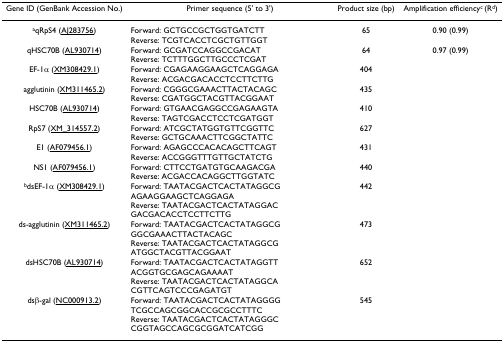
| Gene ID (GenBank Accession No.) | Primer sequence (5' to 3') | Product size (bp) | Amplification efficiencyc (Rd) |
 | --- | --- | --- | --- |
 | aqRpS4 (AJ283756) | Forward: GCTGCCGCTGGTGATCTTReverse: TCGTCACCTCGCTGTTGGT | 65 | 0.90 (0.99) |
 | qHSC70B (AL930714) | Forward: GCGATCCAGGCCGACATReverse: TCTTTGGCTTGCCCTCGAT | 64 | 0.97 (0.99) |
 | EF-1α (XM308429.1) | Forward: CGAGAAGGAAGCTCAGGAGAReverse: ACGACGACACCTCCTTCTTG | 404 |  |
 | agglutinin (XM311465.2) | Forward: CGGGCGAAACTTACTACAGCReverse: CGATGGCTACGTTACGGAAT | 435 |  |
 | HSC70B (AL930714) | Forward: GTGAACGAGGCCGAGAAGTAReverse: TAGTCGACCTCCTCGATGGT | 410 |  |
 | RpS7 (XM_314557.2) | Forward: ATCGCTATGGTGTTCGGTTCReverse: GCTGCAAACTTCGGCTATTC | 627 |  |
 | E1 (AF079456.1) | Forward: AGAGCCCACACAGCTTCAGTReverse: ACCGGGTTTGTTGCTATCTG | 431 |  |
 | NS1 (AF079456.1) | Forward: CTTCCTGATGTGCAAGACGAReverse: ACGACCACAGGCTTGGTATC | 440 |  |
 | bdsEF-1α (XM308429.1) | Forward: TAATACGACTCACTATAGGCG AGAAGGAAGCTCAGGAGAReverse: TAATACGACTCACTATAGGAC GACGACACCTCCTTCTTG | 442 |  |
 | ds-agglutinin (XM311465.2) | Forward: TAATACGACTCACTATAGGCG GGCGAAACTTACTACAGCReverse: TAATACGACTCACTATAGGCG ATGGCTACGTTACGGAAT | 473 |  |
 | dsHSC70B (AL930714) | Forward: TAATACGACTCACTATAGGTT ACGGTGCGAGCAGAAAATReverse: TAATACGACTCACTATAGGCA CGTTCAGTCCCGAGATGT | 652 |  |
 | dsβ-gal (NC000913.2) | Forward: TAATACGACTCACTATAGGGG TCGCCAGCGGCACCGCGCCTTTCReverse: TAATACGACTCACTATAGGGC CGGTAGCCAGCGCGGATCATCGG | 545 |  |